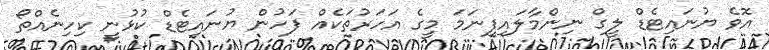
އޮވެ ޔުނައިޓެޑް ލީގް ނިންމާލައިފިނަމަ މީގެ އަހަރުތަކެއް ފަހުން ޔުނައިޓެޑް ކުޅުނީ ކިހިނެއްތޯ